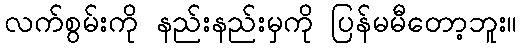
လက်စွမ်းကို နည်းနည်းမှကို ပြန်မမီတော့ဘူး။